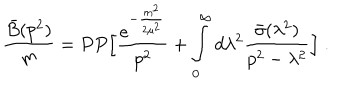
\frac { \bar { B } ( p ^ { 2 } ) } { m } = P P \Big [ { \frac { e ^ { - { \frac { m ^ { 2 } } { 2 \mu ^ { 2 } } } } } { p ^ { 2 } } } + \int _ { 0 } ^ { \infty } d \lambda ^ { 2 } { \frac { \bar { \sigma } ( \lambda ^ { 2 } ) } { p ^ { 2 } - \lambda ^ { 2 } } } \Big ] \; .